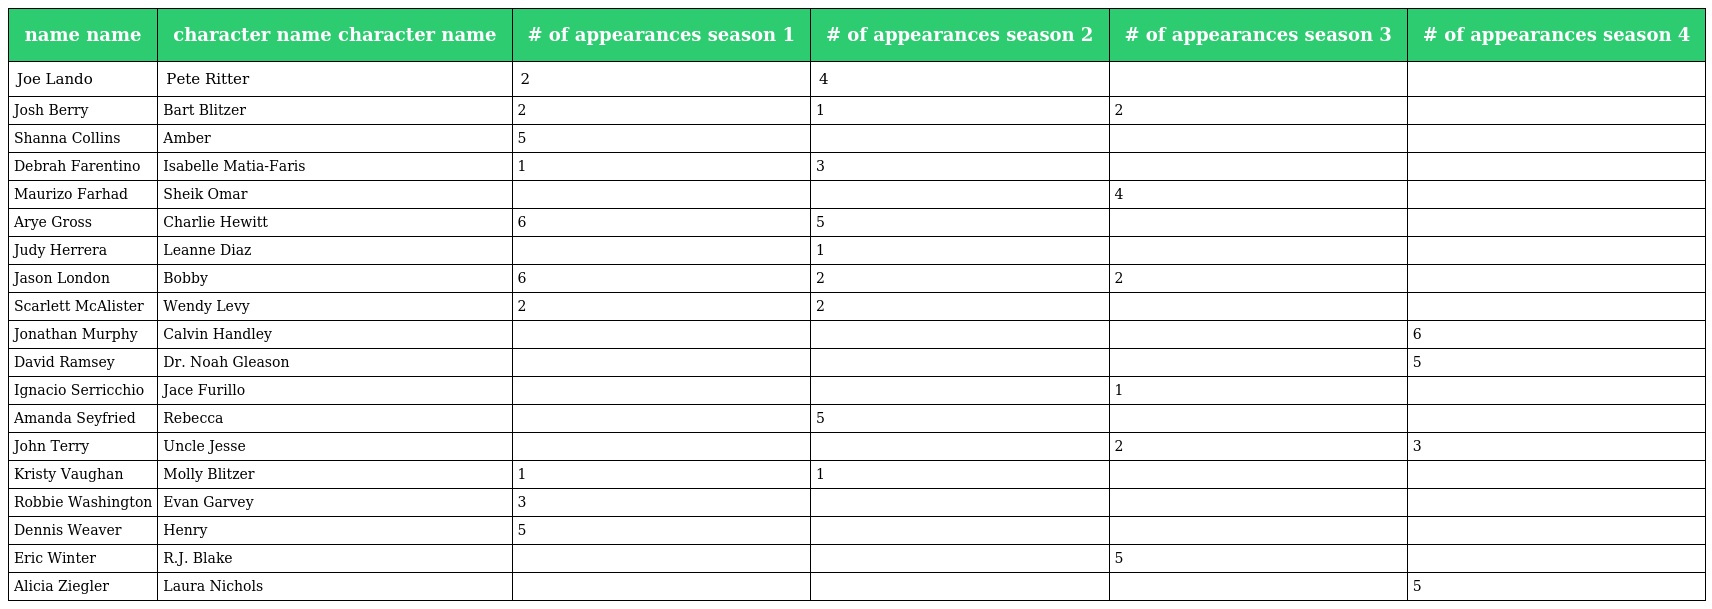
| name name | character name character name | # of appearances season 1 | # of appearances season 2 | # of appearances season 3 | # of appearances season 4 |
 | --- | --- | --- | --- | --- | --- |
 | Joe Lando | Pete Ritter | 2 | 4 |  |  |
 | Josh Berry | Bart Blitzer | 2 | 1 | 2 |  |
 | Shanna Collins | Amber | 5 |  |  |  |
 | Debrah Farentino | Isabelle Matia-Faris | 1 | 3 |  |  |
 | Maurizo Farhad | Sheik Omar |  |  | 4 |  |
 | Arye Gross | Charlie Hewitt | 6 | 5 |  |  |
 | Judy Herrera | Leanne Diaz |  | 1 |  |  |
 | Jason London | Bobby | 6 | 2 | 2 |  |
 | Scarlett McAlister | Wendy Levy | 2 | 2 |  |  |
 | Jonathan Murphy | Calvin Handley |  |  |  | 6 |
 | David Ramsey | Dr. Noah Gleason |  |  |  | 5 |
 | Ignacio Serricchio | Jace Furillo |  |  | 1 |  |
 | Amanda Seyfried | Rebecca |  | 5 |  |  |
 | John Terry | Uncle Jesse |  |  | 2 | 3 |
 | Kristy Vaughan | Molly Blitzer | 1 | 1 |  |  |
 | Robbie Washington | Evan Garvey | 3 |  |  |  |
 | Dennis Weaver | Henry | 5 |  |  |  |
 | Eric Winter | R.J. Blake |  |  | 5 |  |
 | Alicia Ziegler | Laura Nichols |  |  |  | 5 |